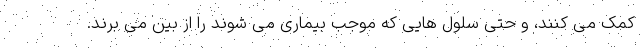
کمک می کنند، و حتی سلول هایی که موجب بیماری می شوند را از بین می برند.